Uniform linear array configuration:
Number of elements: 8
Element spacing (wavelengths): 0.25
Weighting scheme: uniform
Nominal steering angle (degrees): -15
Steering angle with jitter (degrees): -13.24
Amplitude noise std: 0.05
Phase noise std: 0.05

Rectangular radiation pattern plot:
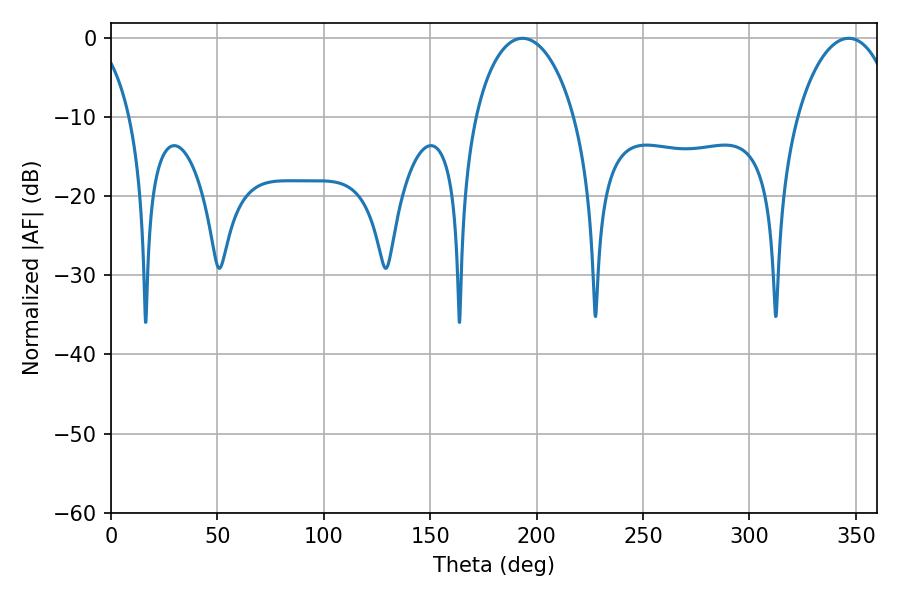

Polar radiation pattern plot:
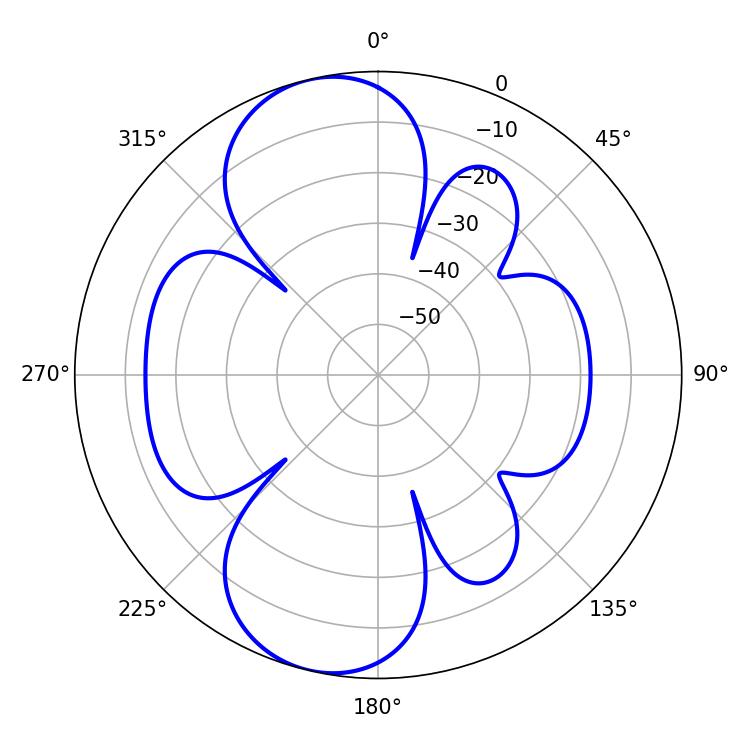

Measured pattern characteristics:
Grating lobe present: FALSE
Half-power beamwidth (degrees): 26.64
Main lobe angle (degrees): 193.32